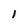
Character: l